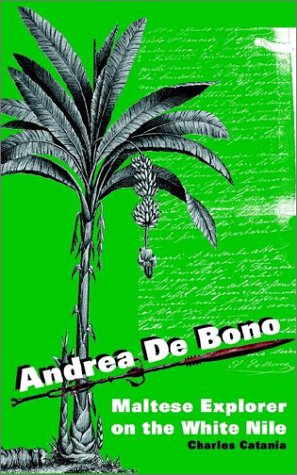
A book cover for Andrea De Bono: Maltese Explorer On The White Nile; Charles Catania; Travel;